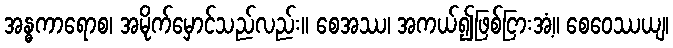
အန္ဓကာရောစ၊ အမိုက်မှောင်သည်လည်း။ စေအဿ၊ အကယ်၍ဖြစ်ငြားအံ့။ စေဝေဿယျ၊